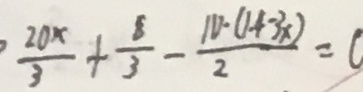
\frac { 2 0 x } { 3 } + \frac { 8 } { 3 } - \frac { 1 0 \cdot ( 1 4 - 3 x ) } { 2 } = 0